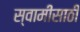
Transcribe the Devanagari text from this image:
स्वामींसाठी